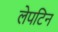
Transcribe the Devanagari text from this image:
लेपटिन